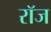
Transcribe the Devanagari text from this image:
रॉज